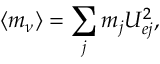
\langle m _ { \nu } \rangle = \sum _ { j } m _ { j } U _ { e j } ^ { 2 } ,